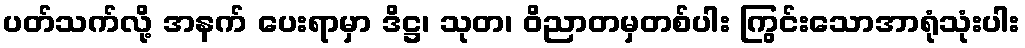
ပတ်သက်လို့ အနက် ပေးရာမှာ ဒိဋ္ဌ၊ သုတ၊ ဝိညာတမှတစ်ပါး ကြွင်းသောအာရုံသုံးပါး